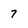
Character: 7